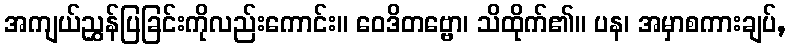
အကျယ်ညွှန်ပြခြင်းကိုလည်းကောင်း။ ဝေဒိတဗ္ဗော၊ သိထိုက်၏။ ပန၊ အမှာစကားချပ်,